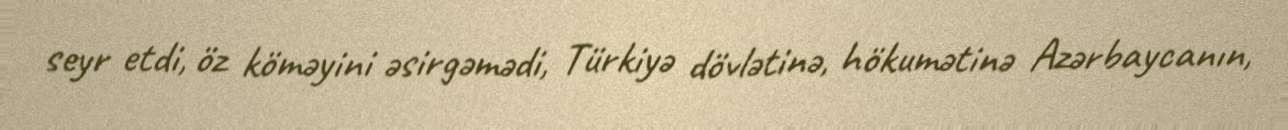
seyr etdi, öz köməyini əsirgəmədi, Türkiyə dövlətinə, hökumətinə Azərbaycanın,